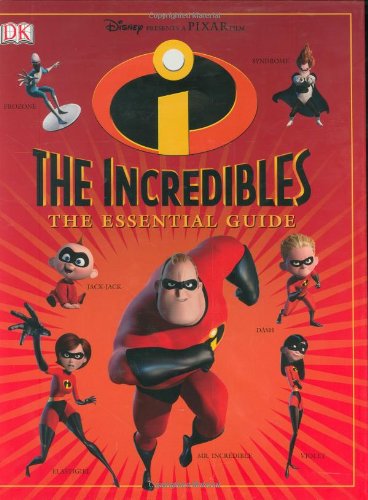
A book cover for The Incredibles: The Essential Guide (DK Essential Guides); DK Publishing; Children's Books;